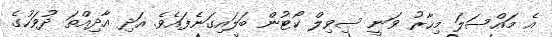
އެ މައްސަލަ މިހާރު ވަނީ ސިވިލް ކޯޓުން ބަލައިގަނެފައެވެ. އަދި އާދިއްތަ ދުވަހުގެ